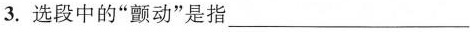
3.选段中的”颤动”是指___